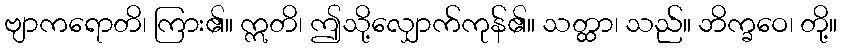
ဗျာကရောတိ၊ ကြား၏။ ဣတိ၊ ဤသို့လျှောက်ကုန်၏။ သတ္ထာ၊ သည်။ ဘိက္ခဝေ၊ တို့။